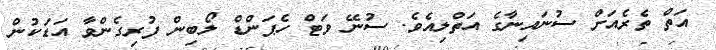
އަތް ތެރެއަށް ސުނައިނާގެ އަތްލިއެވެ. ސުނޭ ވަޓް ހެޕަންްޑް ލޯބިން ފުރިގެންވާ އަޑަކުން